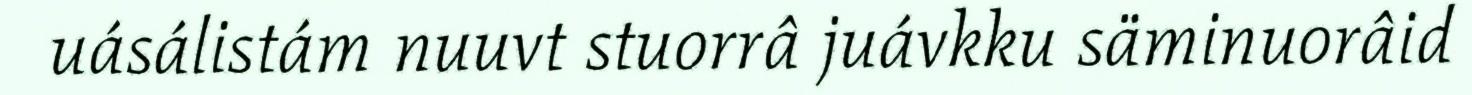
uásálistám nuuvt stuorrâ juávkku säminuorâid